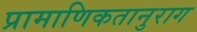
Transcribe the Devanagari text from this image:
प्रामाणिकतानुराग